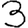
Digit: 3